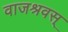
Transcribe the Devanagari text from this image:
वाजश्रवस्